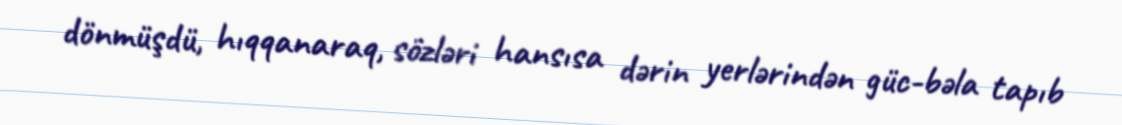
dönmüşdü, hıqqanaraq, sözləri hansısa dərin yerlərindən güc-bəla tapıb